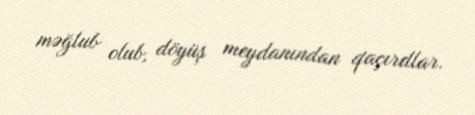
məğlub olub, döyüş meydanından qaçırdlar.